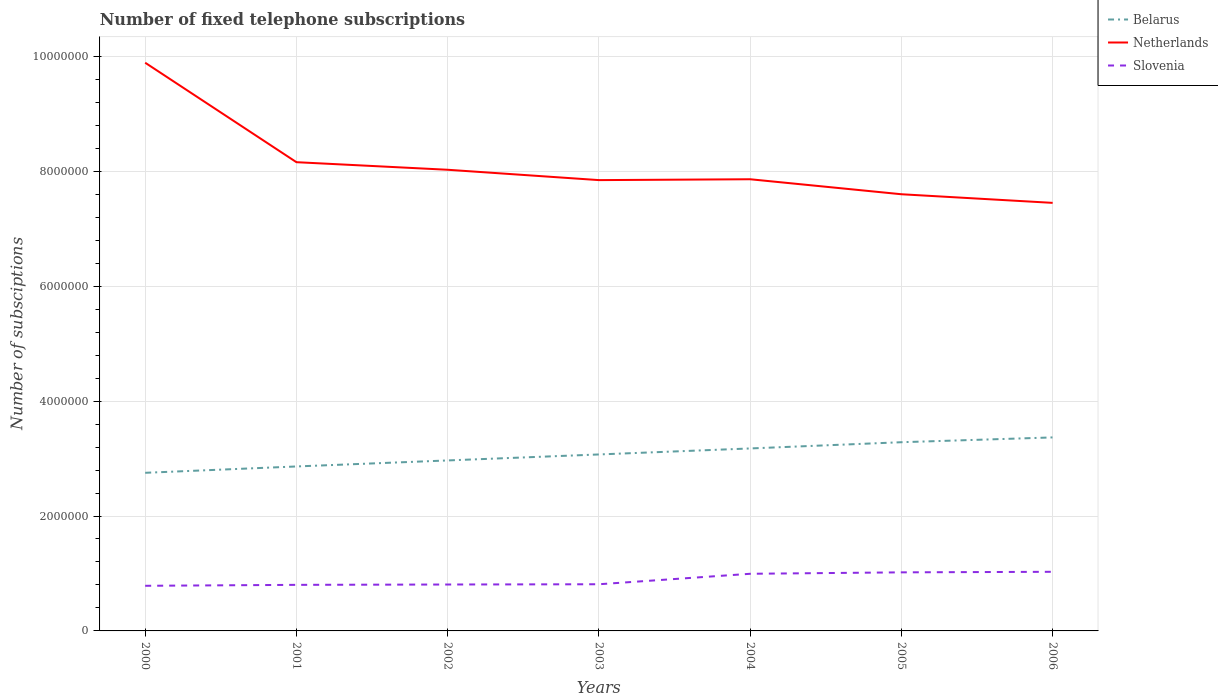
| Years | Belarus | Netherlands | Slovenia |
 | --- | --- | --- | --- |
 | 2000 | 2.75e+06 | 9.89e+06 | 7.85e+05 |
 | 2001 | 2.86e+06 | 8.16e+06 | 8.02e+05 |
 | 2002 | 2.97e+06 | 8.03e+06 | 8.08e+05 |
 | 2003 | 3.07e+06 | 7.85e+06 | 8.12e+05 |
 | 2004 | 3.18e+06 | 7.86e+06 | 9.94e+05 |
 | 2005 | 3.28e+06 | 7.6e+06 | 1.02e+06 |
 | 2006 | 3.37e+06 | 7.45e+06 | 1.03e+06 |